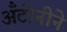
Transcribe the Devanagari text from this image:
अँटोनीने